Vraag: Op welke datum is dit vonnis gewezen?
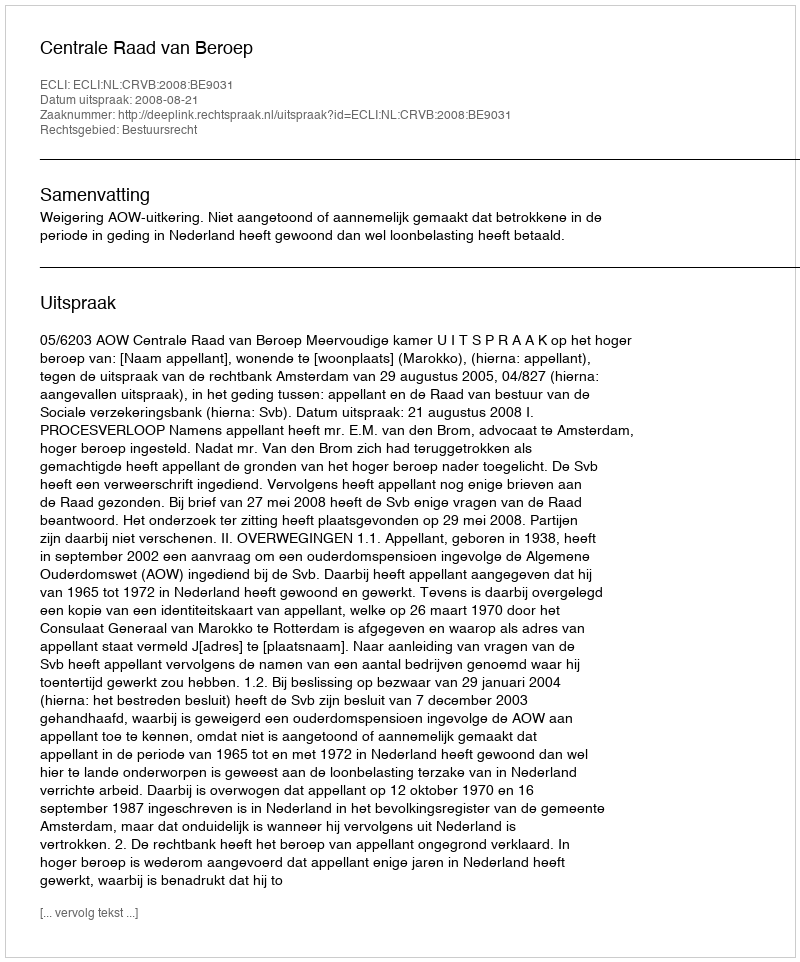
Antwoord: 2008-08-21